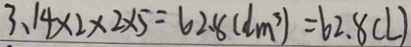
3 . 1 4 \times 2 \times 2 \times 5 = 6 2 . 8 ( d m ^ { 3 } ) = 6 2 . 8 ( L )